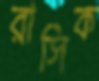
রাসিক